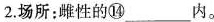
2.场所；雌性的⑭___内。